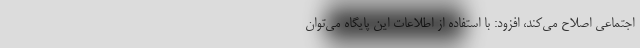
اجتماعی اصلاح می‌کند، افزود: با استفاده از اطلاعات این پایگاه می‌توان